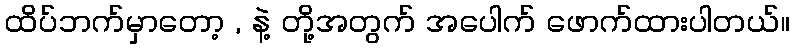
ထိပ်ဘက်မှာတော့ , နဲ့ တို့အတွက် အပေါက် ဖောက်ထားပါတယ်။